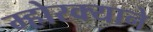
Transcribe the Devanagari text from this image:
म्होरक्याने